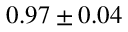
0 . 9 7 \pm 0 . 0 4